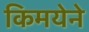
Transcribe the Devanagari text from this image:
किमयेने